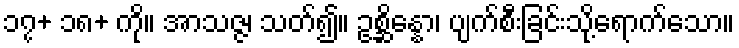
၁၇+ ၁၈+ ကို။ အာသဇ္ဇ၊ သတ်၍။ ဥစ္ဆိန္နော၊ ပျက်စီးခြင်းသို့ရောက်သော။